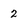
Character: 2